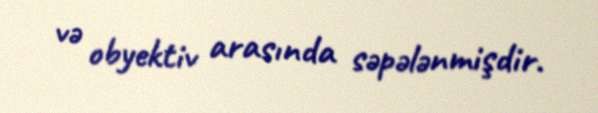
və obyektiv arasında səpələnmişdir.